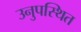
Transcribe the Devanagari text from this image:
उनुपस्थित